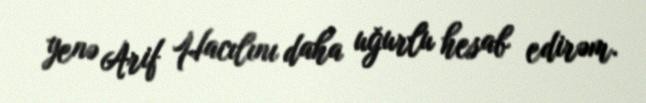
yenə Arif Hacılını daha uğurlu hesab edirəm.